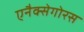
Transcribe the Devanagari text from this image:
एनैक्सेगोरस